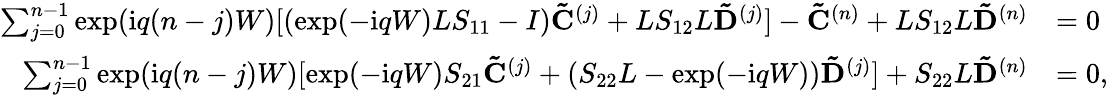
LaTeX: \begin{array}{rl}{\sum_{j=0}^{n-1}\exp(\mathrm{i}q(n-j)W)[(\exp(-\mathrm{i}qW)LS_{11}-I)\mathbf{\tilde{C}}^{(j)}+LS_{12}L\mathbf{\tilde{D}}^{(j)}]-\mathbf{\tilde{C}}^{(n)}+LS_{12}L\mathbf{\tilde{D}}^{(n)}}&{=0}\\ {\sum_{j=0}^{n-1}\exp(\mathrm{i}q(n-j)W)[\exp(-\mathrm{i}qW)S_{21}\mathbf{\tilde{C}}^{(j)}+(S_{22}L-\exp(-\mathrm{i}qW))\mathbf{\tilde{D}}^{(j)}]+S_{22}L\mathbf{\tilde{D}}^{(n)}}&{=0,}\end{array}